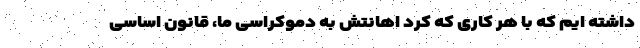
داشته ایم که با هر کاری که کرد اهانتش به دموکراسی ما، قانون اساسی